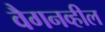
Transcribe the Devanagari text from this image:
वैगनव्हील